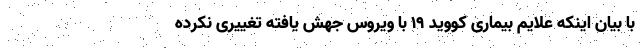
با بیان اینکه علایم بیماری کووید ۱۹ با ویروس جهش یافته تغییری نکرده